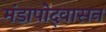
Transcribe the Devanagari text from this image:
मंडापोद्‌वासन